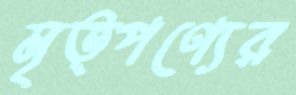
মৃত্পণ্যের